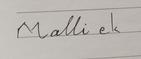
Signature authenticity: forged